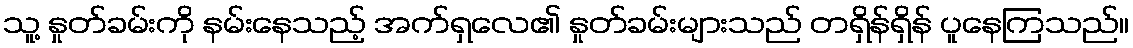
သူ့ နှုတ်ခမ်းကို နမ်းနေသည့် အက်ရှလေ၏ နှုတ်ခမ်းများသည် တရှိန်ရှိန် ပူနေကြသည်။